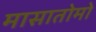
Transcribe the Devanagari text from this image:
मासातोमो